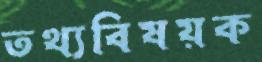
তথ্যবিষয়ক